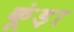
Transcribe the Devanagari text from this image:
कूंड़ा